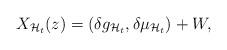
LaTeX: \begin{align*}X_{\mathcal{H}_t}(z)=(\delta g_{\mathcal{H}_t},\delta\mu_{\mathcal{H}_t})+W,\end{align*}